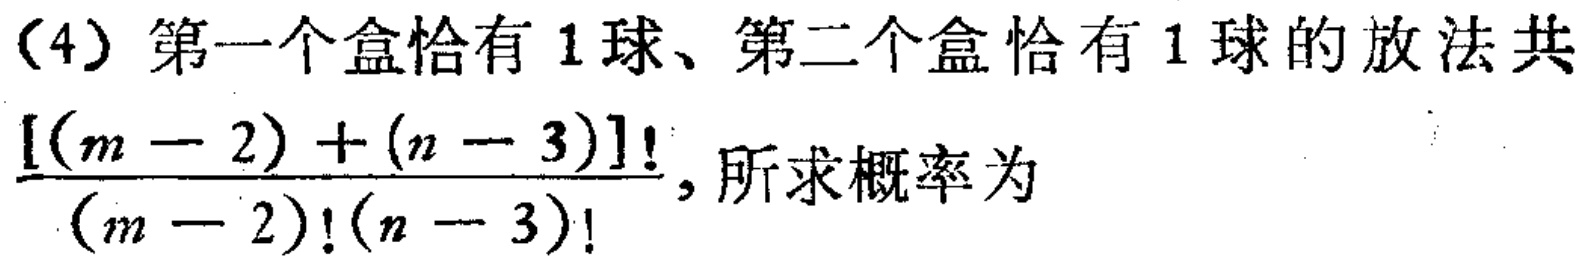
（4）第一个盒恰有 1 球、第二个盒恰有 1 球的放法共$\frac{[(m - 2)+(n - 3)]!}{(m - 2)!(n - 3)!}$，所求概率为